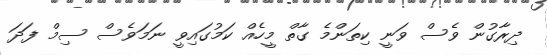
ދިރާގުން ވެސް ވަނީ ކިތަންމެ ގާތް މީހެއް ކަމުގައިވީ ނަމަވެސް ސިމް ފަދަ